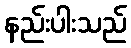
နည်းပါးသည်